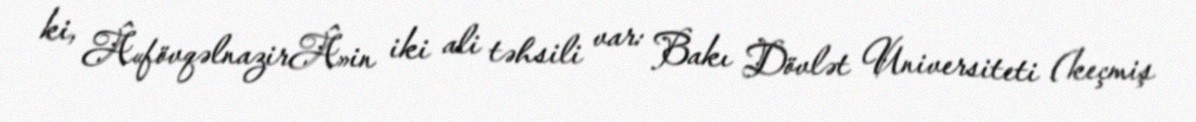
ki, Â«fövqəlnazirÂ»in iki ali təhsili var: Bakı Dövlət Universiteti (keçmiş